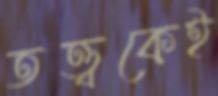
তত্ত্বকেই